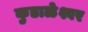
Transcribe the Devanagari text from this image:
कुडाळेश्वर